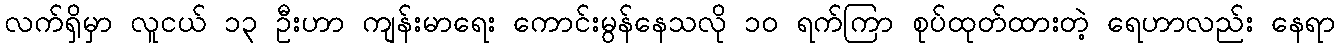
လက်ရှိမှာ လူငယ် ၁၃ ဦးဟာ ကျန်းမာရေး ကောင်းမွန်နေသလို ၁၀ ရက်ကြာ စုပ်ထုတ်ထားတဲ့ ရေဟာလည်း နေရာ